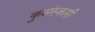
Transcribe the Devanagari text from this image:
कुसंस्कारी